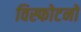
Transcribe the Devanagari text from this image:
विस्फोटनों